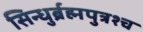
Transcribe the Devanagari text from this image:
सिन्धुर्ब्रह्मपुत्रश्च